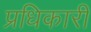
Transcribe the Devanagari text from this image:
प्रधिकारी